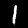
Label: 1